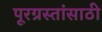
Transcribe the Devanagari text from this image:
पूरग्रस्तांसाठी